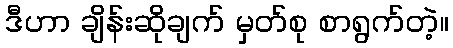
ဒီဟာ ချိန်းဆိုချက် မှတ်စု စာရွက်တဲ့။